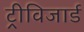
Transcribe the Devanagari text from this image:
ट्रीविजार्ड